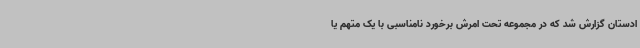
ادستان گزارش شد که در مجموعه تحت امرش برخورد نامناسبی با یک متهم یا